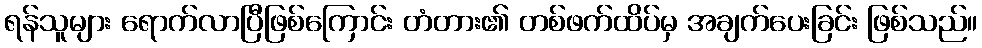
ရန်သူများ ရောက်လာပြီဖြစ်ကြောင်း တံတား၏ တစ်ဖက်ထိပ်မှ အချက်ပေးခြင်း ဖြစ်သည်။